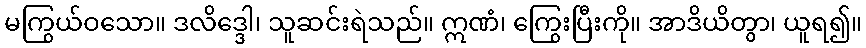
မကြွယ်ဝသော။ ဒလိဒ္ဒေါ၊ သူဆင်းရဲသည်။ ဣဏံ၊ ကြွေးပြီးကို။ အာဒိယိတွာ၊ ယူရ၍။